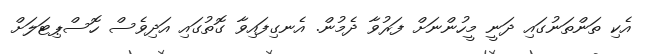
އެކި ތަންތަނުގައި ދަނީ މީހުންނަށް ފަރުވާ ދެމުން. އެނގިފައިވާ ގޮތުގައި އަދިވެސް ހޮސްޕިޓަލަށް